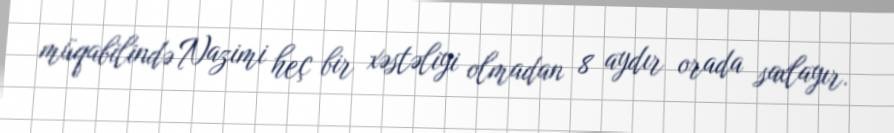
müqabilində Nazimi heç bir xəstəliyi olmadan 8 aydır orada saxlayır.